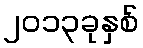
၂၀၁၃ခုနှစ်